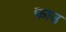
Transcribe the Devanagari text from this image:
फाउ